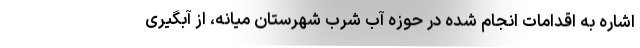
اشاره به اقدامات انجام شده در حوزه آب شرب شهرستان میانه، از آبگیری